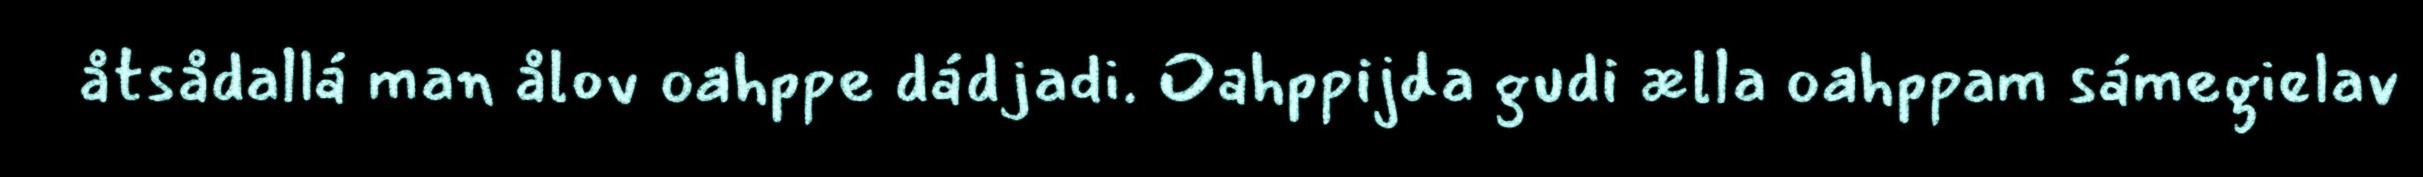
åtsådallá man ålov oahppe dádjadi. Oahppijda gudi ælla oahppam sámegielav